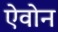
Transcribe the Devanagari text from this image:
ऐवोन